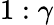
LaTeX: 1:\gamma